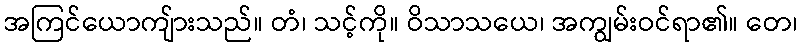
အကြင်ယောကျ်ားသည်။ တံ၊ သင့်ကို။ ဝိသာသယေ၊ အကျွမ်းဝင်ရာ၏။ တေ၊